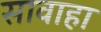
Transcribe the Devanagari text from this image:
सावाहा